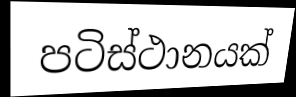
පටිස්ථානයක්